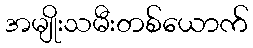
အမျိုးသမီးတစ်ယောက်